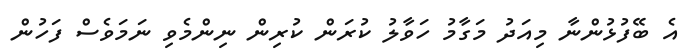
އެ ބޭފުޅުންނާ މިއަދު މަގާމު ހަވާލު ކުރަން ކުރިން ނިންމެވި ނަމަވެސް ފަހުން